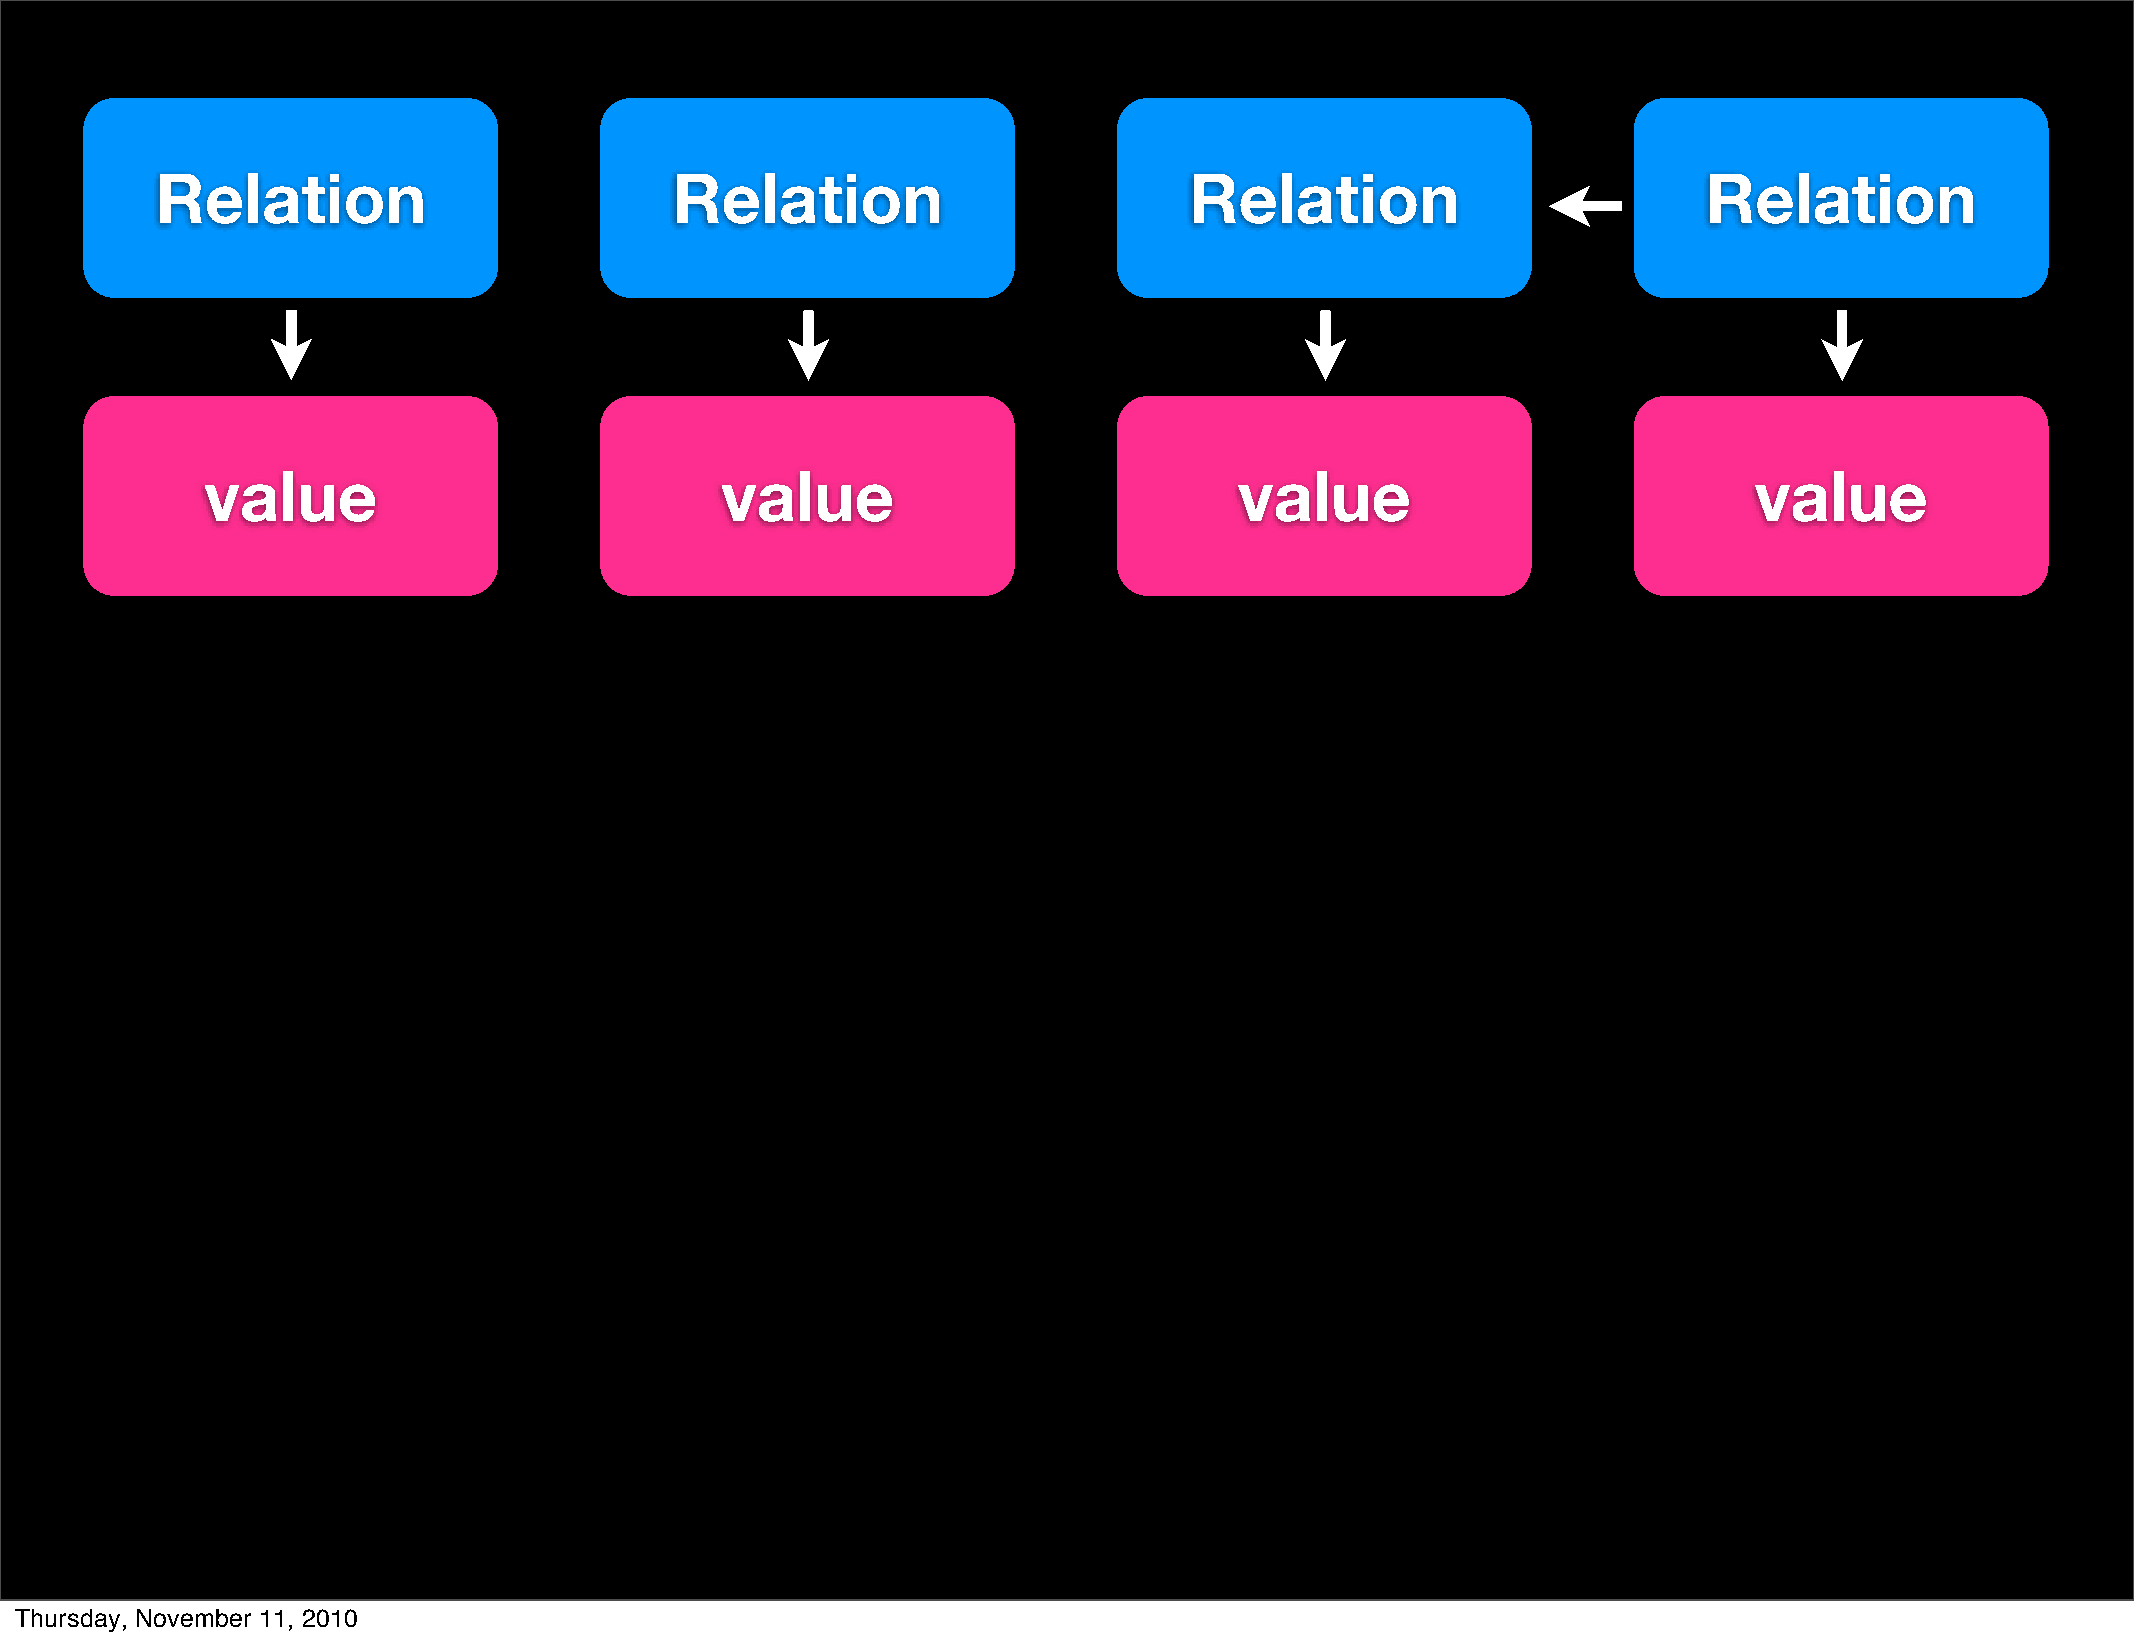
Relation                          Relation                           Relation                          Relation
 value                             value                             value                             value
 Thursday, November 11, 2010